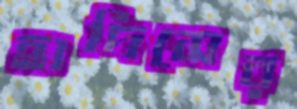
হাদিসের